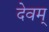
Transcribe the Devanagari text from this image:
देवम्